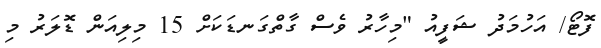
ފޮޓޯ/ އަހުމަދު ޝަފީއު "މިހާރު ވެސް ގާތްގަނޑަކަށް 15 މިލިއަން ޑޮލަރު މި